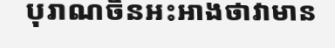
បុរាណចិនអះអាងថាវាមាន